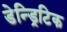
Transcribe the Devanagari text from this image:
डेन्ड्रिटिक